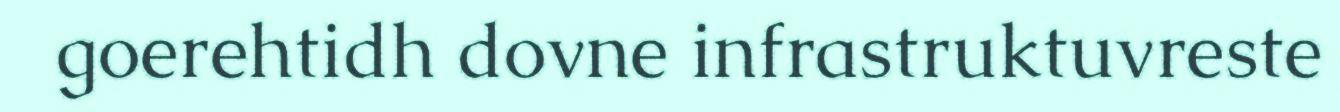
goerehtidh dovne infrastruktuvreste